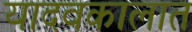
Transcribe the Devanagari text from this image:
यादवकालात